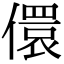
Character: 儇